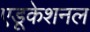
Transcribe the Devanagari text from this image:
एडूकेशनल